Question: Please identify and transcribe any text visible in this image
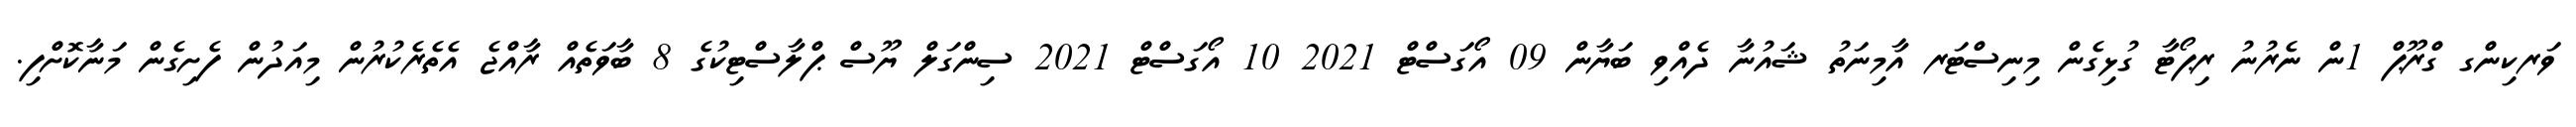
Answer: ވަރކިންގ ގްރޫޕް 1ން ނެރުނު ރިޕޯޓާ ގުޅިގެން މިނިސްޓަރ އާމިނަތު ޝައުނާ ދެއްވި ބަޔާން 09 އޯގަސްޓް 2021 10 އޯގަސްޓް 2021 ސިންގަލް ޔޫސް ޕްލާސްޓިކުގެ 8 ބާވަތެއް ރާއްޖެ އެތެރެކުރުން މިއަދުން ފެށިގެން މަނާކޮށްފި.